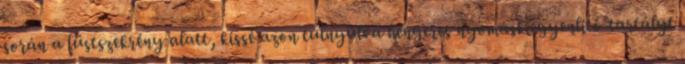
során a füstszekrény alatt, kissé azon túlnyúlva hengeres nyomáskiegyenlítő-tartályt